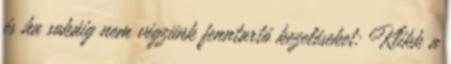
és ha sokáig nem végzünk fenntartó kezeléseket: Klikk a